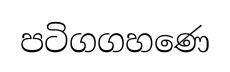
පටිගගහණෙ